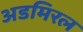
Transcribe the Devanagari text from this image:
अडमिरल